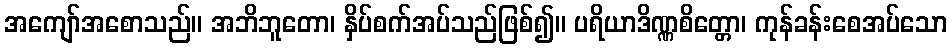
အကျော်အစောသည်။ အဘိဘူတော၊ နှိပ်စက်အပ်သည်ဖြစ်၍။ ပရိယာဒိဏ္ဏစိတ္တော၊ ကုန်ခန်းစေအပ်သော